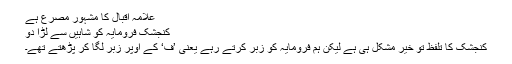
علامہ اقبالؒ کا مشہور مصرع ہے
کنجشک فرومایہ کو شاہیں سے لڑا دو
کنجشک کا تلفظ تو خیر مشکل ہی ہے لیکن ہم فرومایہ کو زبر کرتے رہے یعنی ’ف‘ کے اوپر زبر لگا کر پڑھتے تھے۔